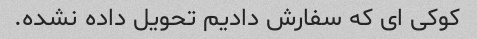
کوکی ای که سفارش دادیم تحویل داده نشده.